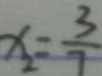
x _ { 2 } = \frac { 3 } { 7 }